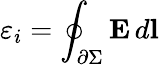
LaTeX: \varepsilon_{i}=\oint_{\scriptstyle\partial\Sigma}\textbf{E}\, d\textbf{l}